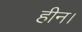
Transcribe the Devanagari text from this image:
हीन।